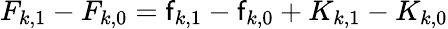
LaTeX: F_{k,1}-F_{k,0}=\mathsf{f}_{k,1}-\mathsf{f}_{k,0}+K_{k,1}-K_{k,0}